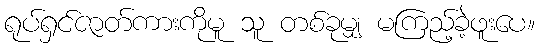
ရုပ်ရှင်ဇာတ်ကားကိုမူ သူ တစ်ခုမျှ မကြည့်ခဲ့ဖူးပေ။